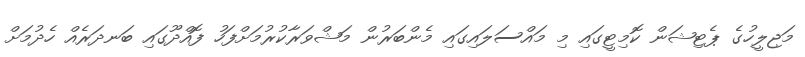
މަޖިލީހުގެ ޕެޓިޝަން ކޮމިޓީގައި މި މައްސަލައިގައި މެންބަރުން މަޝްވަރާކުރުމަށްފަހު ފޮއްދޫގައި ބަނދަރެއް ހެދުމަށް